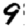
Digit: 9